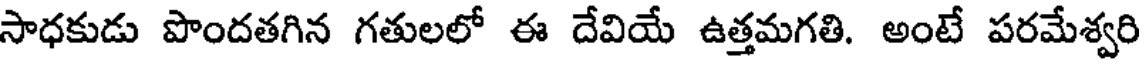
సాధకుడు పొందతగిన గతులలో ఈ దేవియే ఉత్తమగతి. అంటే పరమేశ్వరి